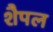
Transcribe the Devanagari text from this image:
शैपल